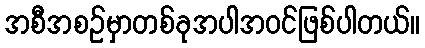
အစီအစဉ်မှာတစ်ခုအပါအဝင်ဖြစ်ပါတယ်။